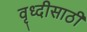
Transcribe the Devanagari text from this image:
वृध्दीसाठी